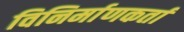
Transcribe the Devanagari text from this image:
विनिर्माणकर्ता